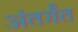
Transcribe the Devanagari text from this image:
अंतर्गंत